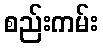
စည်းကမ်း